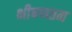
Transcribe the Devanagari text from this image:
भीषणतम